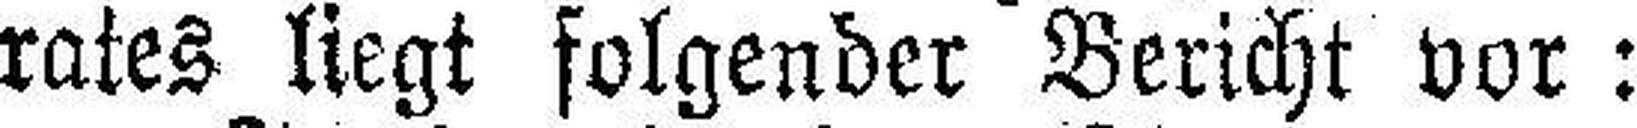
rates liegt folgender Bericht vor: